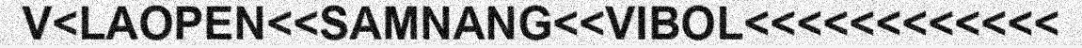
V<LAOPEN<<SAMNANG<<VIBOL<<<<<<<<<<<<